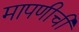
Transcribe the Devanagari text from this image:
मापणीची